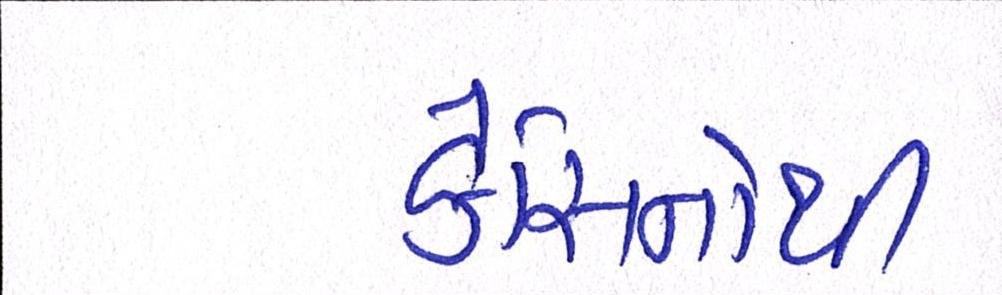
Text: કેસિનોથી